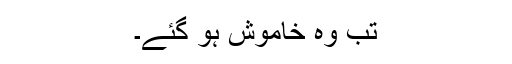
تب وہ خاموش ہو گئے۔